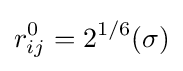
r_{ij}^{0}=2^{1/6}(\sigma )